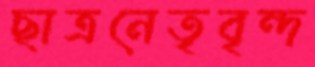
ছাত্রনেতৃবৃন্দ